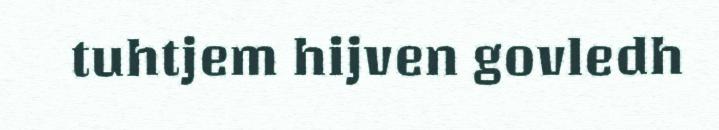
tuhtjem hijven govledh